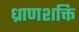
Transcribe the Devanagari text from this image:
ध्राणशक्ति